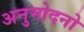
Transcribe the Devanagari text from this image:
अनुमोदनो